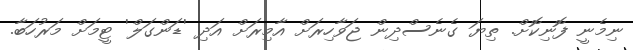
ނިމެނީ ފޮނިކޮށް. ތިޔަ ގެނެސްދިން ޖަވާހިރަށް އާމިރަށް އަދި 'ޑަންގަލް' ޓީމަށް މަރުހަބާ.